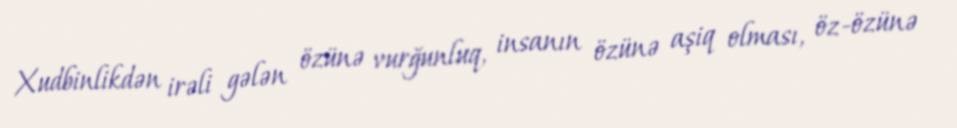
Xudbinlikdən irəli gələn özünə vurğunluq, insanın özünə aşiq olması, öz-özünə